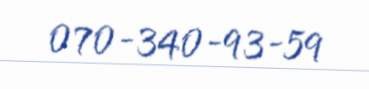
070-340-93-59